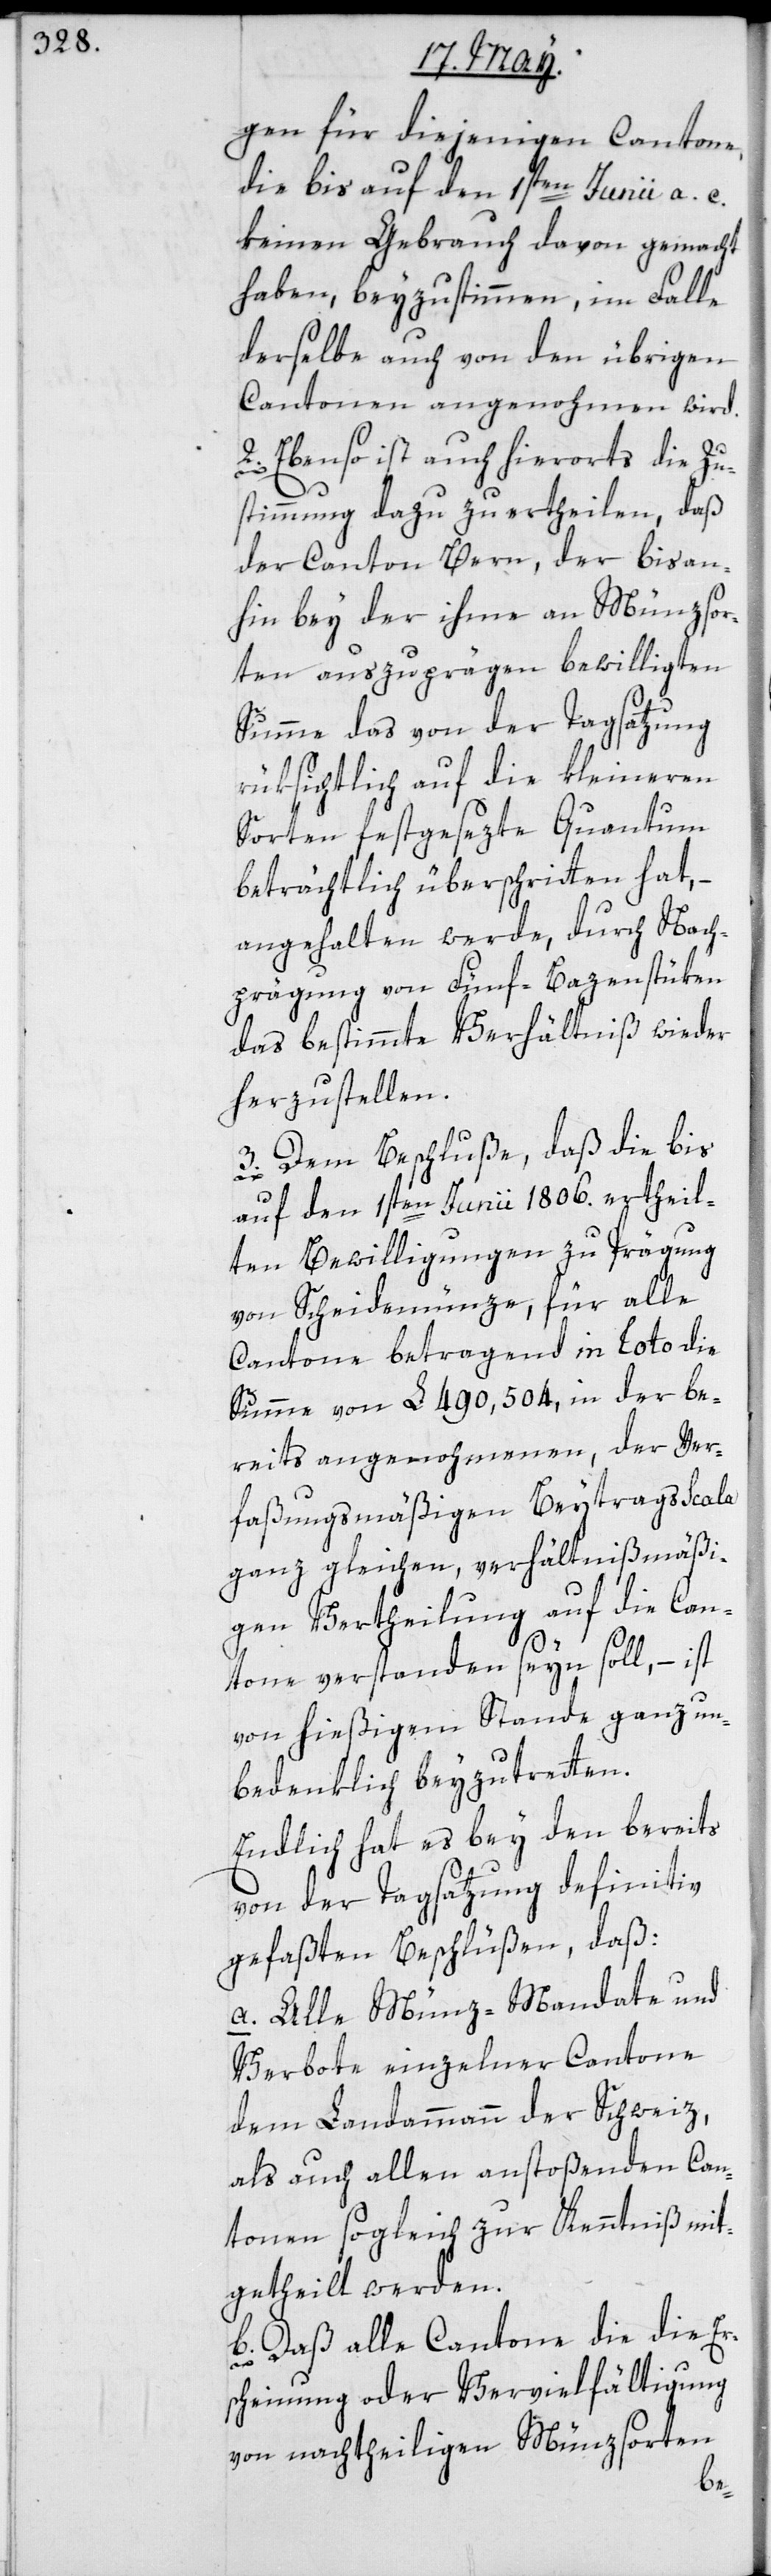
gen für diejenigen Cantone,
die bis auf den 1sten Junii a. c.
keinen Gebrauch davon gemacht
haben, beyzustimmen, im Falle
derselben auch von den übrigen
Cantonen angenohmen wird.
Ebenso ist auch hierorts die Zu¬
stimmung dazu zu ertheilen, daß
der Canton Bern, der bis an¬
hin bey der ihme an Münzsor¬
ten auszuprägen bewilligten
Summe, das von der Tagsatzung
rüksichtlich auf die kleineren
Sorten festgesetzte Quantum
beträchtlich überschritten hat,
angehalten werde, durch Nach¬
prägung von Fünfbazenstüken
das bestimmte Verhältniß wieder
herzustellen.
3.) Dem Beschluße, daß die bis
auf den 1sten Junii 1806. ertheil¬
ten Bewilligungen zu Prägung
von Scheidemünze, für alle
Cantone betragend in Toto die
Summe von £ 490,504, in der be¬
reits angenohmenen, der Ver¬
faßungsmäßigen Beytragsscala
ganz gleichen, verhältnißmäßi¬
gen Vertheilung auf die Can¬
tone verstanden seyn soll, – ist
von hießigem Stande ganz un¬
bedenklich beyzutretten.
Endlich hat es bey den bereits
von der Tagsatzung definitiv
gefaßten Beschlüßen, daß:
a) Alle Münz-Mandate und
Verbote einzelner Cantone
dem Landammann der Schweiz,
als auch allen anstoßenden Can¬
tonen sogleich zur Kenntniß mit¬
getheilt werden.
b) Daß alle Cantone die die Er¬
scheinung oder Vervielfältigung
von nachtheiligen Münzsorten